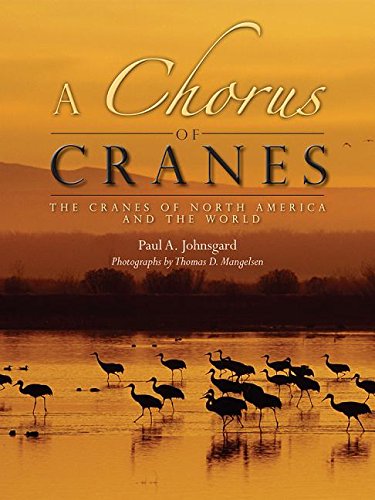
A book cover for A Chorus of Cranes: The Cranes of North America and the World; Paul A. Johnsgard; Science & Math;